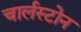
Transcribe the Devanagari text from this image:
चार्लस्टोन